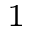
^ 1